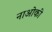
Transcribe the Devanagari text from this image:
नाओकी